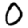
Digit: 0